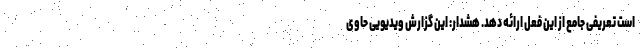
است تعریفی جامع از این فعل ارائه دهد. هشدار: این گزارش ویدیویی حاوی